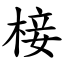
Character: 椄